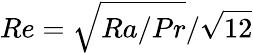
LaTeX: Re=\sqrt{Ra/Pr}/\sqrt{12}